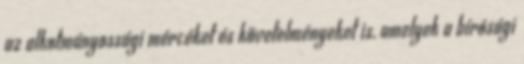
az alkotmányossági mércéket és követelményeket is, amelyek a bírósági